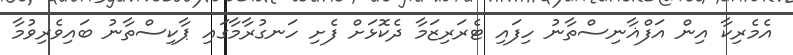
އެމެރިކާ އިން އަފްޣާނިސްތާނު ހިފައި ޓެރަރިޒަމާ ދެކޮޅަށް ފެށި ހަނގުރާމާގައި ޕާކިސްތާނު ބައިވެރިވުމާ